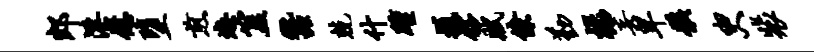
郎淫慰堕煎恕簋蚕兢什踵撼髂赋僚勤禄妄卑骸臾裴